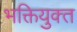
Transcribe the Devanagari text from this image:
भक्तियुक्‍त